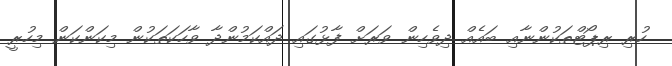
ހުރި ރިޕޯޓްތަކުންނާއި ބައެއް ދިވެހިން ވަރަށް ފާޅުގައި ދައްކަމުންދާ ވާހަކަތަކުން މިކަންކަން މިހުރީ